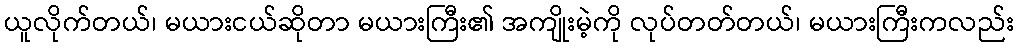
ယူလိုက်တယ်၊ မယားငယ်ဆိုတာ မယားကြီး၏ အကျိုးမဲ့ကို လုပ်တတ်တယ်၊ မယားကြီးကလည်း